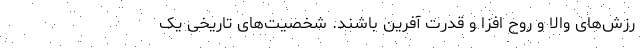
رزش‌های والا و روح ‌افزا و قدرت‌ آفرین باشند. شخصیت‌های تاریخی یک